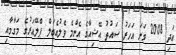
އަދި 2008 ވަނަ އަހަރު ސައުތު އޭޝިއާގެ އެންމެ ވެލުއެބަލް ޕްލޭއަރުގެ މަގާމާއި